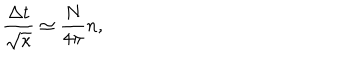
\frac { \Delta t } { \sqrt \kappa } \simeq \frac { N } { 4 \pi } n ,